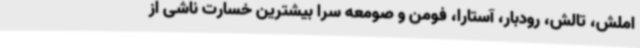
املش، تالش، رودبار، آستارا، فومن و صومعه سرا بیشترین خسارت ناشی از